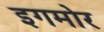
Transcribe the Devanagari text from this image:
इगमोर